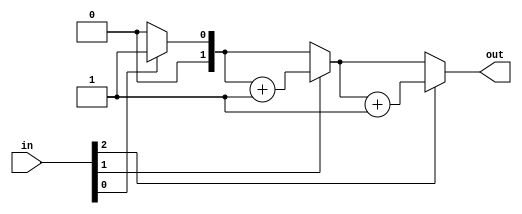
module top_module( 
    input [2:0] in,
    output reg [1:0] out );
    //for0(n)
    integer i;
    always@(*)
        begin
            out = 0;  //0  begin
            for(i = 0; i < 3; i = i + 1)
                begin
                    if(in[i] == 1'b1)
                        out = out + 1'b1;
                    else
                        out = out;
                end
        end
 
endmodule